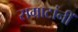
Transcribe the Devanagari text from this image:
सम्राटांनीं